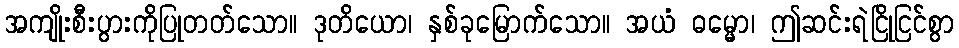
အကျိုးစီးပွားကိုပြုတတ်သော။ ဒုတိယော၊ နှစ်ခုမြောက်သော။ အယံ ဓမ္မော၊ ဤဆင်းရဲငြိုငြင်စွာ